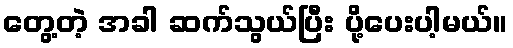
တွေ့တဲ့ အခါ ဆက်သွယ်ပြီး ပို့ပေးပါ့မယ်။